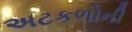
અટકળોની